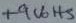
Text: +9Volts